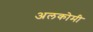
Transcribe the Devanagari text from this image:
अलकोमी